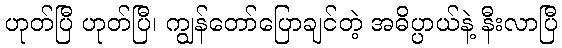
ဟုတ်ပြီ ဟုတ်ပြီ၊ ကျွန်တော်ပြောချင်တဲ့ အဓိပ္ပာယ်နဲ့ နီးလာပြီ